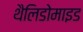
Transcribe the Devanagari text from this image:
थैलिडोमाइड